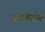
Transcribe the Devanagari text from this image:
अस्थिरतेत